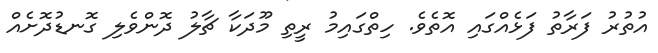
އުތުރު ފަރާތު ފަޅެއްގައި އޮތެވެ. ހިތްގައިމު ރީތި މޫދަކާ ޗާލު ދޮންވެލި ގޮނޑުދޮށެއްް